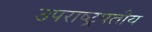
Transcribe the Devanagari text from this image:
उपराष्ट्रपतीय